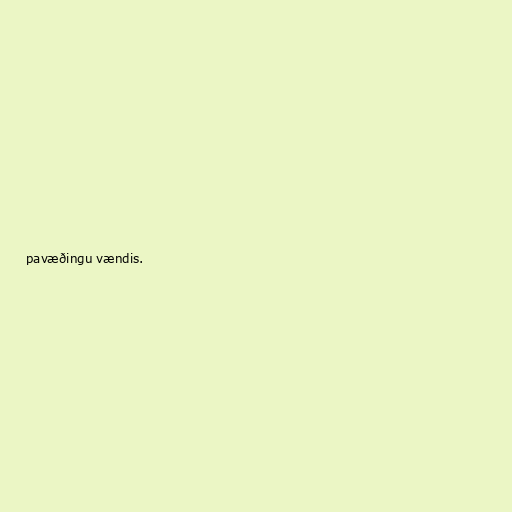
pavæðingu vændis.